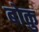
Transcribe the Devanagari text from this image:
बोकु